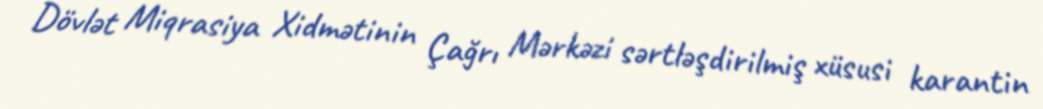
Dövlət Miqrasiya Xidmətinin Çağrı Mərkəzi sərtləşdirilmiş xüsusi karantin